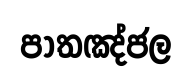
පාතඤ්ජල